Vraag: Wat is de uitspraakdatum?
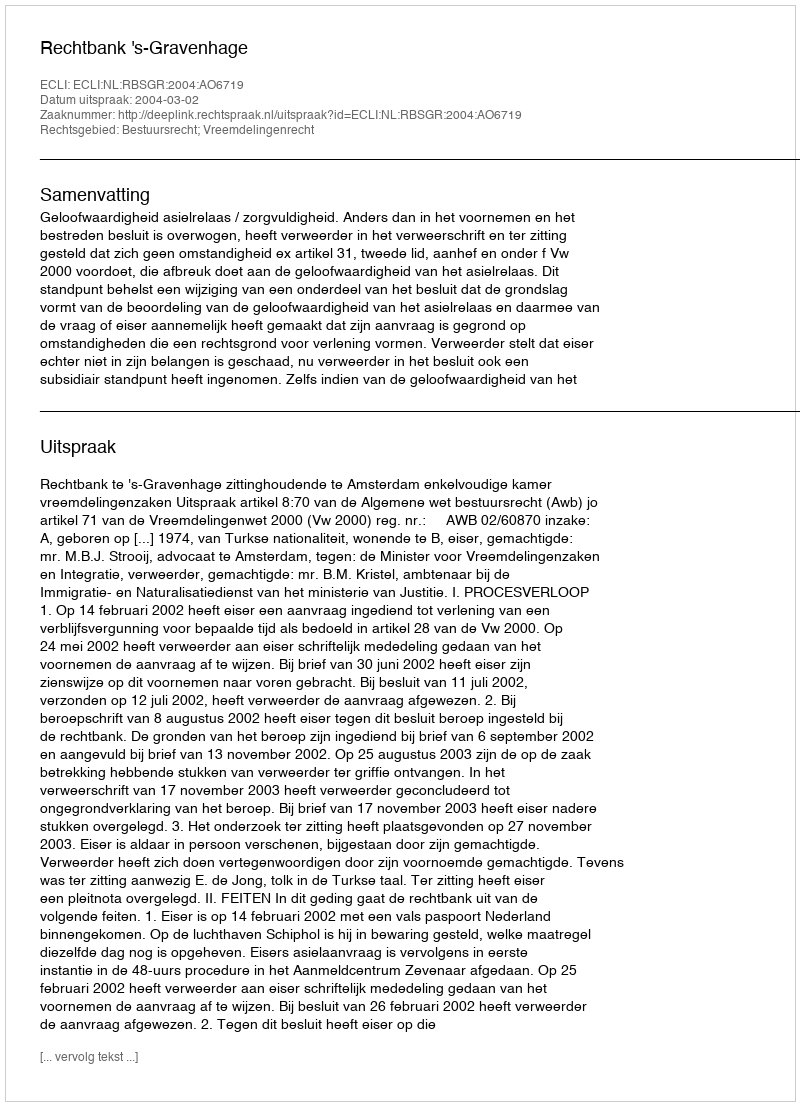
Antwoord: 2004-03-02